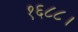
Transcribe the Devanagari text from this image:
१६८८।